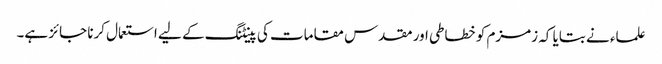
علماء نے بتایا کہ زمزم کو خطاطی اور مقدس مقامات کی پینٹنگ کے لیے استعمال کرنا جائز ہے۔